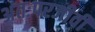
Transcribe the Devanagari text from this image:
अंतःपरजीवी